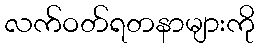
လက်ဝတ်ရတနာများကို